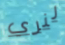
لنري